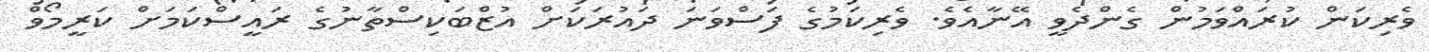
ވެރިކަން ކުރައްވަމުން ގެންދެވީ އޭނާއެވެ. ވެރިކަމުގެ ފަސްވަނަ ދައުރަކަށް އުޒްބަކިސްތާނުގެ ރައީސްކަމަށް ކަރީމޯވް